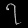
Digit: ၇